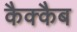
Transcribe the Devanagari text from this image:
कैक्कैब